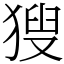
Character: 獀